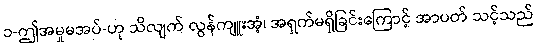
၁-ဤအမှုမအပ်-ဟု သိလျက် လွန်ကျူးအံ့၊ အရှက်မရှိခြင်းကြောင့် အာပတ် သင့်သည်